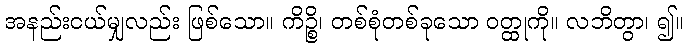
အနည်းငယ်မျှလည်း ဖြစ်သော။ ကိဉ္စိ၊ တစ်စုံတစ်ခုသော ဝတ္ထုကို။ လဘိတွာ၊ ၍။